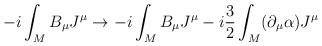
LaTeX: \begin{align*}-i\int_M B_\mu J^\mu \rightarrow -i\int_M B_\mu J^\mu -i\frac{3}{2}\int_M(\partial_\mu \alpha)J^\mu\end{align*}